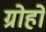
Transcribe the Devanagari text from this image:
ग्रोहों